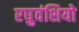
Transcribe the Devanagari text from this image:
रघुवंशियो